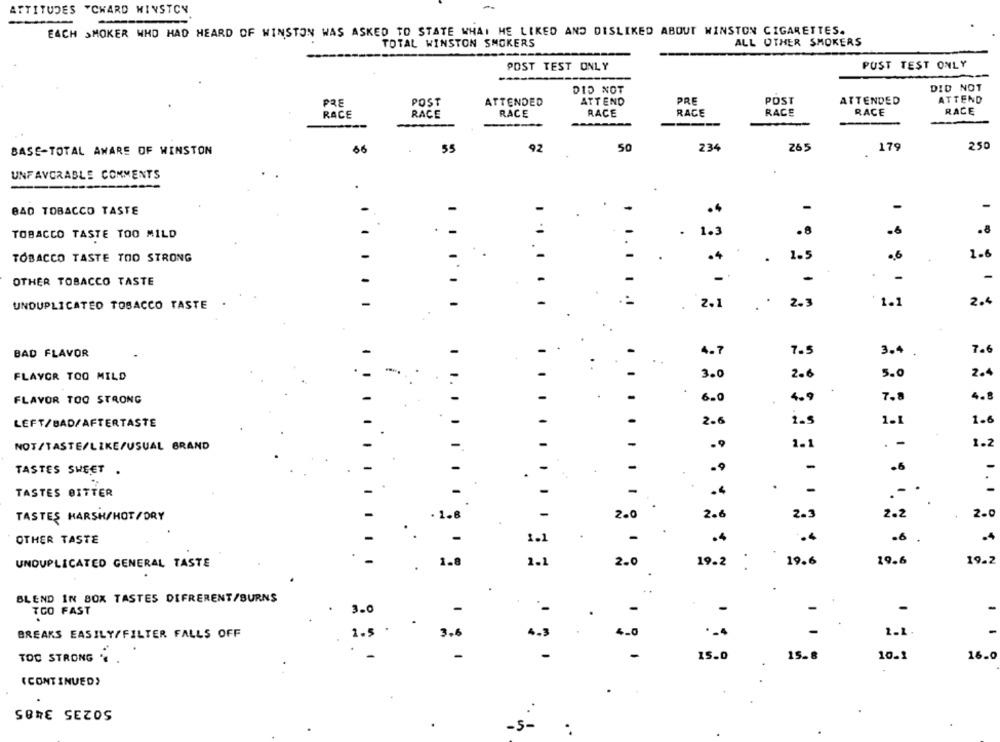
ATTITUDES "CHARD WINSTON
EACH SMOKER WHO HAD HEARD OF WINSTON WAS ASKED TO STATE WHAT HE LIKED AND DISLIKED ABOUT WINSTON CIGARETTES.
TOTAL WINSTON SMOKERS
ALL OTHER SMOKERS
POST TEST ONLY
PUST TEST ONLY
DID NOT
DID NOT
PRE
POST
ATTENDED
ATTEND
PRE
POST
ATTENDED
ATTEND
RACE
RACE
RACE
RACE
RACE
RACE
RACE
RACE
55
92
50
234
265
179
250
BASE-TOTAL AWARE OF WINSTON
56
UNFAVORABLE COMMENTS
.
-
-
BAD TOBACCO TASTE
.4
. -
.
1.3
.8
.8
TOBACCO TASTE TOO MILD
-
.
TOBACCO TASTE TOO STRONG
-
-
·4
.
1.5
.6
1.6
.
-
OTHER TOBACCO TASTE
-
-
-
-
UNDUPLICATED TOBACCO TASTE
-
-
. .
2.5
1.1
2.4
2.1
7.6
BAD FLAVOR
-
4.7
7.5
3.
-
FLAVOR TOO MILD
3.0
2.6
5.0
2.4
FLAVOR TOO STRONG
-
6.0
4.9
7.8
4.8
LEFT/BAD/AFTERTASTE
2.6
i.s
1.1
1.6
NOT/TASTE/LIKE/USUAL BRAND
-
-
1.1
. -
1.2
.9
-
-
-
.6
TASTES SHEET .
.9
.
-
-
...
TASTES BITTER
-
.4
TASTES HARSH/HOT/DRY
· 1.8
2.0
2.6
2.3
2.2
2.0
OTHER TASTE
1.1
.4
.6
.4
UNDUPLICATED GENERAL TASTE
1.
1.1
2.0
19.2
19.6
19.6
19.2
..
BLEND IN BOX TASTES DEFRERENT/BURNS
-
TOO FAST
3.0
-
-
.
1.5 .
BREAKS EASILY/FILTER FALLS OFF
3.6
4.3
4.0
-
1.1
TOC STRONG
-
-
-
15.0
15.8
10.1
16.0
( CONTINUED)
SORE SEZOS
-5-
.